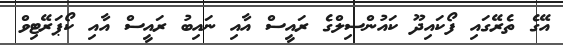
އޭގެ ތެރޭގައި ފޯކައިދޫ ކައުންސިލްގެ ރައީސް އާއި ނައިބު ރައީސް އާއި ކޯޕަރޭޓިވް